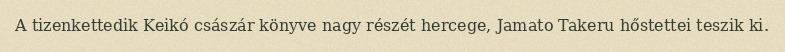
A tizenkettedik Keikó császár könyve nagy részét hercege, Jamato Takeru hőstettei teszik ki.